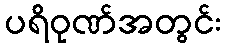
ပရိဝုဏ်အတွင်း